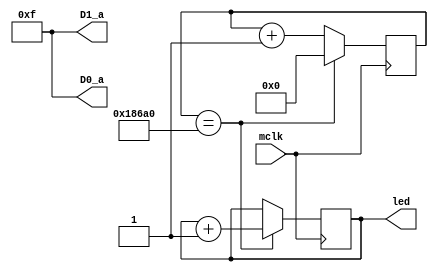
`timescale 1ns / 1ps

module Lab(

    //Output leds and led-segments
    input mclk,
    output [15:0] led,    
    output [3:0] D0_a, D1_a
);

reg [16:0] count = 16'b0; //Counts to 2^17 (131072) - starts at 0
reg [15:0] ledReg = 16'b0;

always @(posedge(mclk)) begin
    if(count == 100000) begin
        count <= 0;
        ledReg <= ledReg + 1;
    end else begin
        count <= count + 1;
    end
end

assign led = ledReg;

//Turn off led-segments
assign D0_a = 4'b1111;
assign D1_a = 4'b1111;

endmodule